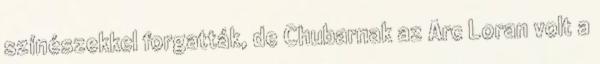
színészekkel forgatták, de Chubarnak az Arc Loran volt a